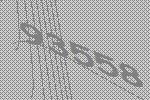
93558